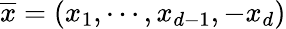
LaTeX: \overline{{x}}=(x_{1},\cdots,x_{d-1},-x_{d})